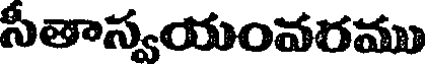
సీతాస్వయంవరము